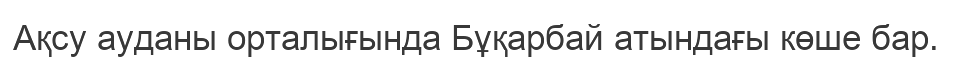
Ақсу ауданы орталығында Бұқарбай атындағы көше бар.